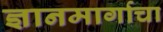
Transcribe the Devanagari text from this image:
ज्ञानमार्गाचा